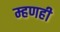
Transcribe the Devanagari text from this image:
म्हणही